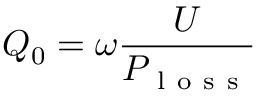
Q _ { 0 } = \omega \frac { U } { P _ { \mathrm { ~ l ~ o ~ s ~ s ~ } } }